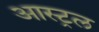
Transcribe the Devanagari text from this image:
आस्ट्रल